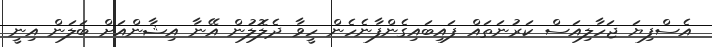
އެސްފިޔަ ޖަހާލިއަސް ކަރުނަތައް ފައިބައިގެންފާނެހެން ހީވާ ދެލޮލުން އޭނާ އިޝާންއަށް ބަލަން އިނީ